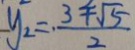
y _ { 2 } = \frac { 3 + \sqrt { 5 } } { 2 }